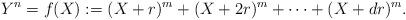
LaTeX: \begin{align*}Y^n=f(X):=(X+r)^m+(X+2r)^m+\dots+ (X+dr)^m.\end{align*}